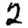
Digit: 2